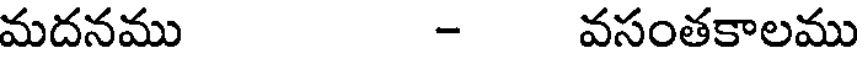
మదనము - వసంతకాలము